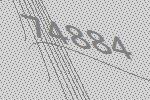
74884